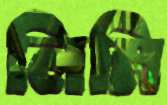
লিমি